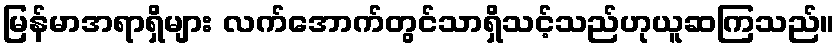
မြန်မာအရာရှိများ လက်အောက်တွင်သာရှိသင့်သည်ဟုယူဆကြသည်။